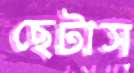
ছেটাস